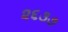
૨૬૩૭